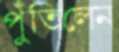
পুঁতিলেন